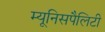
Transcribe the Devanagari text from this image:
म्यूनिसपैलिटी